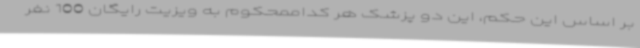
بر اساس این حکم، این دو پزشک هر کداممحکوم به ویزیت رایگان 100 نفر